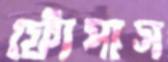
ফোঁপাস